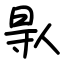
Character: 𠊛